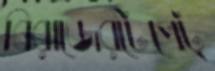
বিরাজেরটেপেট্